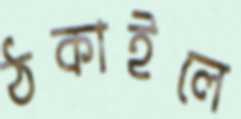
ঠকাইলে